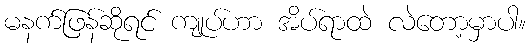
မနက်ဖြန်ဆိုရင် ကျုပ်ဟာ အိပ်ရာထဲ လဲတော့မှာပါ။